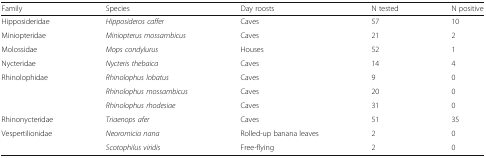
<table><thead><tr><td><b>Family</b></td><td><b>Species</b></td><td><b>Day roosts</b></td><td><b>N tested</b></td><td><b>N positive</b></td></tr></thead><tbody><tr><td>Hipposideridae</td><td><i>Hipposideros caffer</i></td><td>Caves</td><td>57</td><td>10</td></tr><tr><td>Miniopteridae</td><td><i>Miniopterus mossambicus</i></td><td>Caves</td><td>21</td><td>2</td></tr><tr><td>Molossidae</td><td><i>Mops condylurus</i></td><td>Houses</td><td>52</td><td>1</td></tr><tr><td>Nycteridae</td><td><i>Nycteris thebaica</i></td><td>Caves</td><td>14</td><td>4</td></tr><tr><td>Rhinolophidae</td><td><i>Rhinolophus lobatus</i></td><td>Caves</td><td>9</td><td>0</td></tr><tr><td rowspan="2"></td><td><i>Rhinolophus mossambicus</i></td><td>Caves</td><td>20</td><td>0</td></tr><tr><td><i>Rhinolophus rhodesiae</i></td><td>Caves</td><td>31</td><td>0</td></tr><tr><td>Rhinonycteridae</td><td><i>Triaenops afer</i></td><td>Caves</td><td>51</td><td>35</td></tr><tr><td rowspan="2">Vespertilionidae</td><td><i>Neoromicia nana</i></td><td>Rolled-up banana leaves</td><td>2</td><td>0</td></tr><tr><td><i>Scotophilus viridis</i></td><td>Free-flying</td><td>2</td><td>0</td></tr></tbody></table>